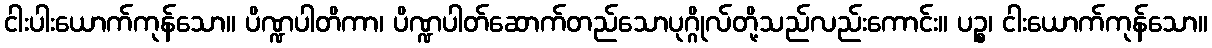
ငါးပါးယောက်ကုန်သော။ ပိဏ္ဍပါတိကာ၊ ပိဏ္ဍပါတ်ဆောက်တည်သောပုဂ္ဂိုလ်တို့သည်လည်းကောင်း။ ပဉ္စ၊ ငါးယောက်ကုန်သော။